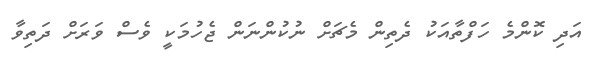
އަދި ކޮންމެ ހަފްތާއަކު ދެތިން މެޗަށް ނުކުންނަން ޖެހުމަކީ ވެސް ވަރަށް ދަތިވާ